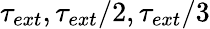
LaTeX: \tau_{ext},\tau_{ext}/2,\tau_{ext}/3